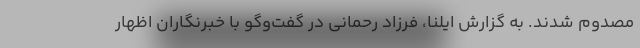
مصدوم شدند. به گزارش ایلنا، فرزاد رحمانی در گفت‌وگو با خبرنگاران اظهار